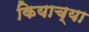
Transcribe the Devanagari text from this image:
कियाच्या